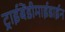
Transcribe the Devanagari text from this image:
ट्राईबेंडीमाईडाईन